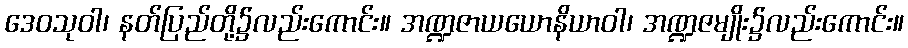
ဒေဝသုဝါ၊ နတ်ပြည်တို့၌လည်းကောင်း။ အဏ္ဍဇာယယောနိယာဝါ၊ အဏ္ဍဇမျိုး၌လည်းကောင်း။